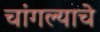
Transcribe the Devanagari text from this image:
चांगल्याचे